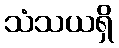
သံသယရှိ